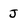
Character: J